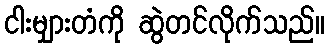
ငါးမျှားတံကို ဆွဲတင်လိုက်သည်။